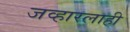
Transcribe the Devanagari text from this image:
जव्हारलाही